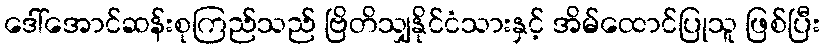
ဒေါ်အောင်ဆန်းစုကြည်သည် ဗြိတိသျှနိုင်ငံသားနှင့် အိမ်ထောင်ပြုသူ ဖြစ်ပြီး